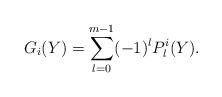
LaTeX: \begin{align*} G_i(Y)= \sum_{l=0}^{m-1} (-1)^l P_l^i(Y).\end{align*}